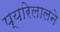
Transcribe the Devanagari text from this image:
प्यारेलालने